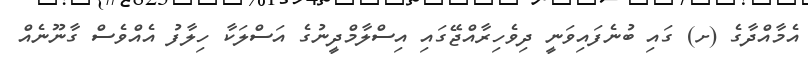
އެމާއްދާގެ (ށ) ގައި ބުނެފައިވަނީ ދިވެހިރާއްޖޭގައި އިސްލާމްދީނުގެ އަސްލަކާ ހިލާފު އެއްވެސް ގާނޫނެއް